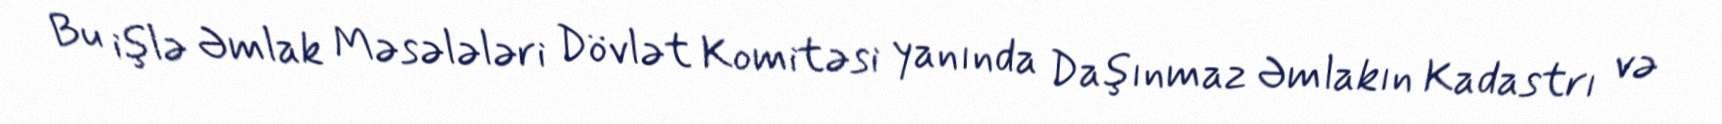
Bu işlə Əmlak Məsələləri Dövlət Komitəsi yanında Daşınmaz Əmlakın Kadastrı və